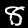
Label: 8